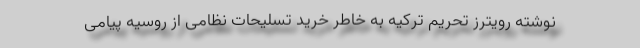
نوشته رویترز تحریم ترکیه به خاطر خرید تسلیحات نظامی از روسیه پیامی